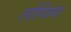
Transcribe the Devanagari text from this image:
लोग्जिया